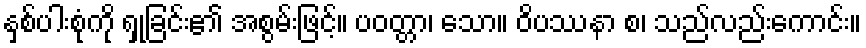
နှစ်ပါးစုံကို ရှုခြင်း၏ အစွမ်းဖြင့်။ ပဝတ္တာ၊ သော။ ဝိပဿနာ စ၊ သည်လည်းကောင်း။